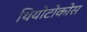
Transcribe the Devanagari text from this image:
थियोटोकोस